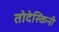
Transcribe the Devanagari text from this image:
तोदेस्किनी